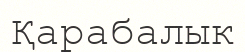
Қарабалык